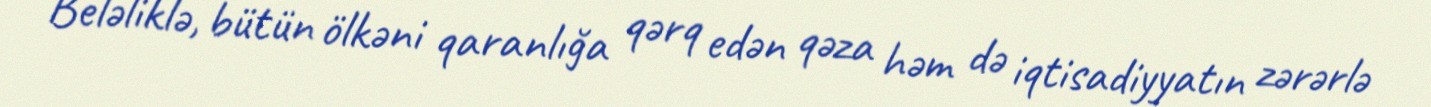
Beləliklə, bütün ölkəni qaranlığa qərq edən qəza həm də iqtisadiyyatın zərərlə